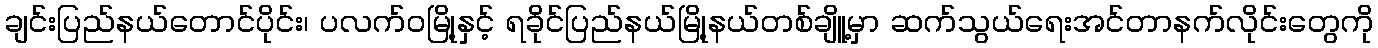
ချင်းပြည်နယ်တောင်ပိုင်း၊ ပလက်၀မြို့နှင့် ရခိုင်ပြည်နယ်မြို့နယ်တစ်ချိူ့မှာ ဆက်သွယ်ရေးအင်တာနက်လိုင်းတွေကို